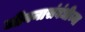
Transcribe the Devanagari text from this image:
जीवनासंबंधीच्या